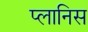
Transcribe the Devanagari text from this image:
प्लानिस